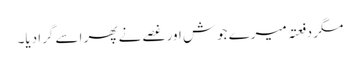
مگر دفعتہً میرے جوش اور غصے نے پھر اسے گرا دیا۔